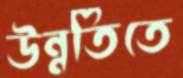
উন্নতিতে